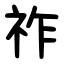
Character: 祚